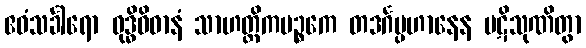
ဧဝံသင်္ခါရော ဝုဒ္ဓိဝိဓာနံ သာဟတ္ထိကပဉ္စကေ တဒင်္ဂပ္ပဟာနေန ပဋိသုဏိတွာ